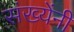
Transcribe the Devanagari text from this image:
संख्येंनी